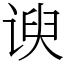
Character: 谀